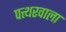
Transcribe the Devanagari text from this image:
पत्थरवाला